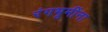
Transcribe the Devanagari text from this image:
रंगभूमींना